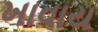
ખાવાય